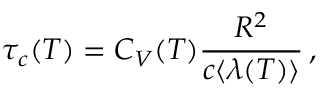
\tau _ { c } ( T ) = C _ { V } ( T ) \frac { R ^ { 2 } } { c \langle \lambda ( T ) \rangle } \, ,